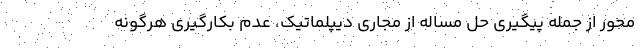
محور از جمله پیگیری حل مساله از مجاری دیپلماتیک، عدم بکارگیری هرگونه